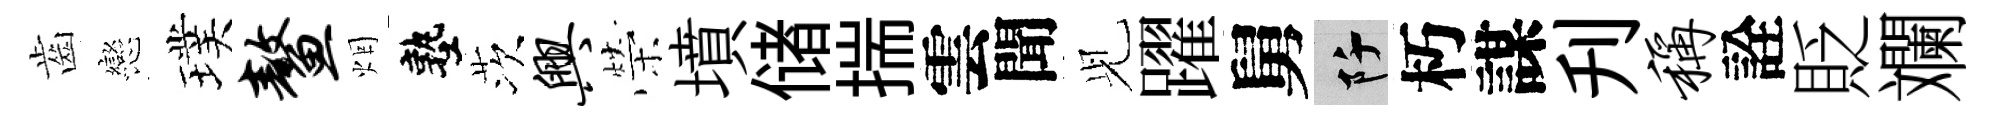
齒戀璞鳌烟塾茨兴榮墳储揣雲聞𫤗躍舅阡朽謀刋称詮貶斕